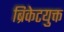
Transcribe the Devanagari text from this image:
ब्रिकेटयुक्त